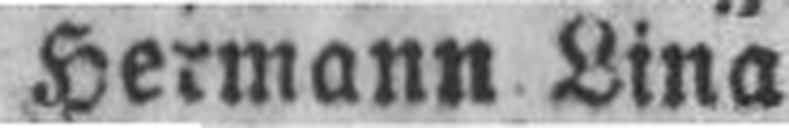
Hermann Lina